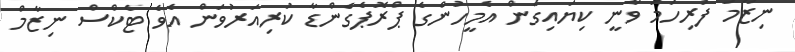
ނިޒާމު ފުރިހަމަ ވާނީ ކިޔައިގެން އެމީހުންގެ ޕްރޮޕެގެންޑާ ކުރިއަރުވަން އެވެ ޓެކްސް ނިޒާމް